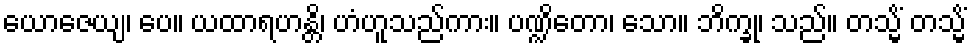
ယောဇေယျ၊ ပေ။ ယထာရဟန္တိ၊ ဟံဟူသည်ကား။ ပဏ္ဍိတော၊ သော။ ဘိက္ခု၊ သည်။ တသ္မိံ တသ္မိံ